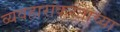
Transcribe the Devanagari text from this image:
व्यवहारांकरताच्या